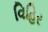
વિહિર